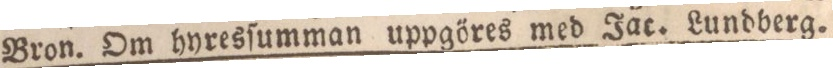
Bron. Om hyresſumman uppgöres med Jac. Lundberg.